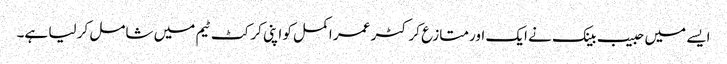
ایسے میں حبیب بینک نے ایک اور متازع کرکٹر عمر اکمل کو اپنی کرکٹ ٹیم میں شامل کر لیا ہے۔